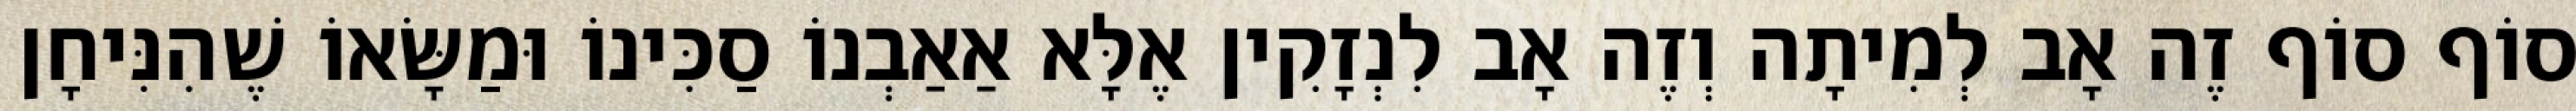
סוֹף סוֹף זֶה אָב לְמִיתָה וְזֶה אָב לִנְזָקִין אֶלָּא אַאַבְנוֹ סַכִּינוֹ וּמַשָּׂאוֹ שֶׁהִנִּיחָן